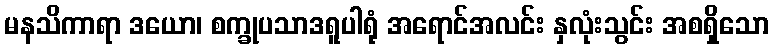
မနသိကာရာ ဒယော၊ စက္ခုပသာဒရူပါရုံ အရောင်အလင်း နှလုံးသွင်း အစရှိသော